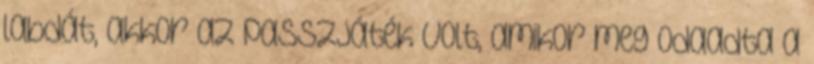
labdát, akkor az passzjáték volt, amikor meg odaadta a